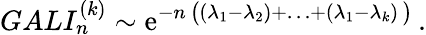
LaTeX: GALI_{n}^{(k)}\sim\mathrm{e}^{-n\, \bigl((\lambda_{1}-\lambda_{2})+\ldots+(\lambda_{1}-\lambda_{k})\, \bigr)}\, .